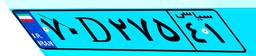
۷۰D۲۷۵۴۱